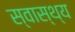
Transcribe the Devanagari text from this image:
स्‍वास्‍थ्य